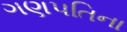
ગણપતિના